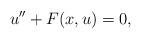
\begin{align*}u'' + F(x,u) = 0,\end{align*}